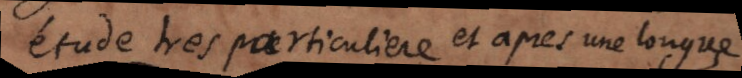
étude tres particuliere et après une longue